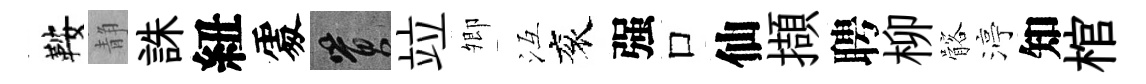
鞍静誅紐𠁅篔竝𡖖冱衮强口仙擷聘柳髂渟知棺